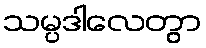
သမ္ပဒါလေတွာ